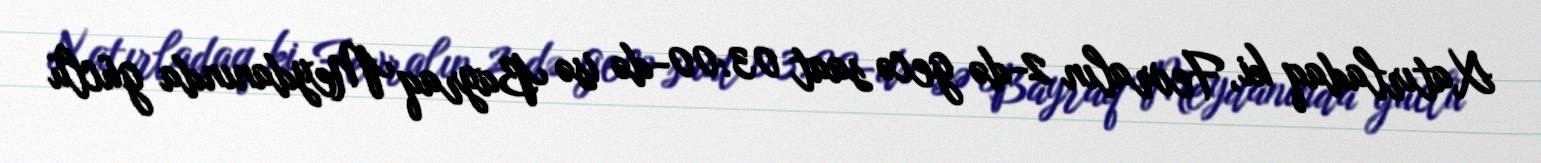
Xatırladaq ki, Fevralın 2-də gecə saat 03:00-də isə Bayraq Meydanında güclü